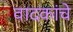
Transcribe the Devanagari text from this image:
वादकांचे